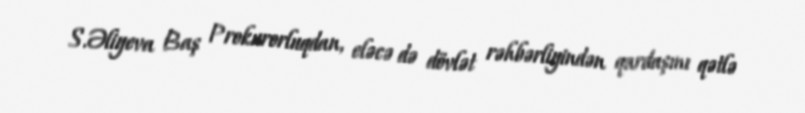
S.Əliyeva Baş Prokurorluqdan, eləcə də dövlət rəhbərliyindən qardaşını qətlə